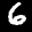
Label: 6